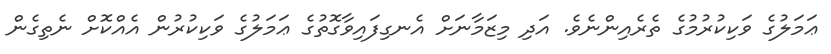
ޢަމަލުގެ ވަކިކުރުމުގެ ތެރެއިންނެވެ. އަދި މިޒަމާނަށް އެނގިފައިވާގޮތުގެ ޢަމަލުގެ ވަކިކުރުން އެއްކޮށް ނެތިގެން